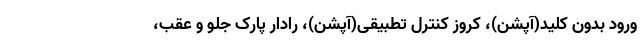
ورود بدون کلید(آپشن)، کروز کنترل تطبیقی(آپشن)، رادار پارک جلو و عقب،